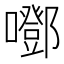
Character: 𡂱